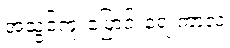
အသွင်ကူးပြောင်းရေးကာလ